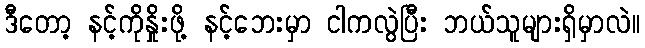
ဒီတော့ နင့်ကိုနှိုးဖို့ နင့်ဘေးမှာ ငါကလွဲပြီး ဘယ်သူများရှိမှာလဲ။